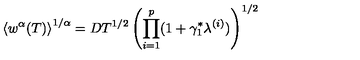
\left\langle w ^ { \alpha } ( T ) \right\rangle ^ { 1 / \alpha } = D T ^ { 1 / 2 } \left( \prod _ { i = 1 } ^ { p } ( 1 + \gamma _ { 1 } ^ { \ast } \lambda ^ { ( i ) } ) \right) ^ { 1 / 2 }